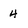
Character: 4